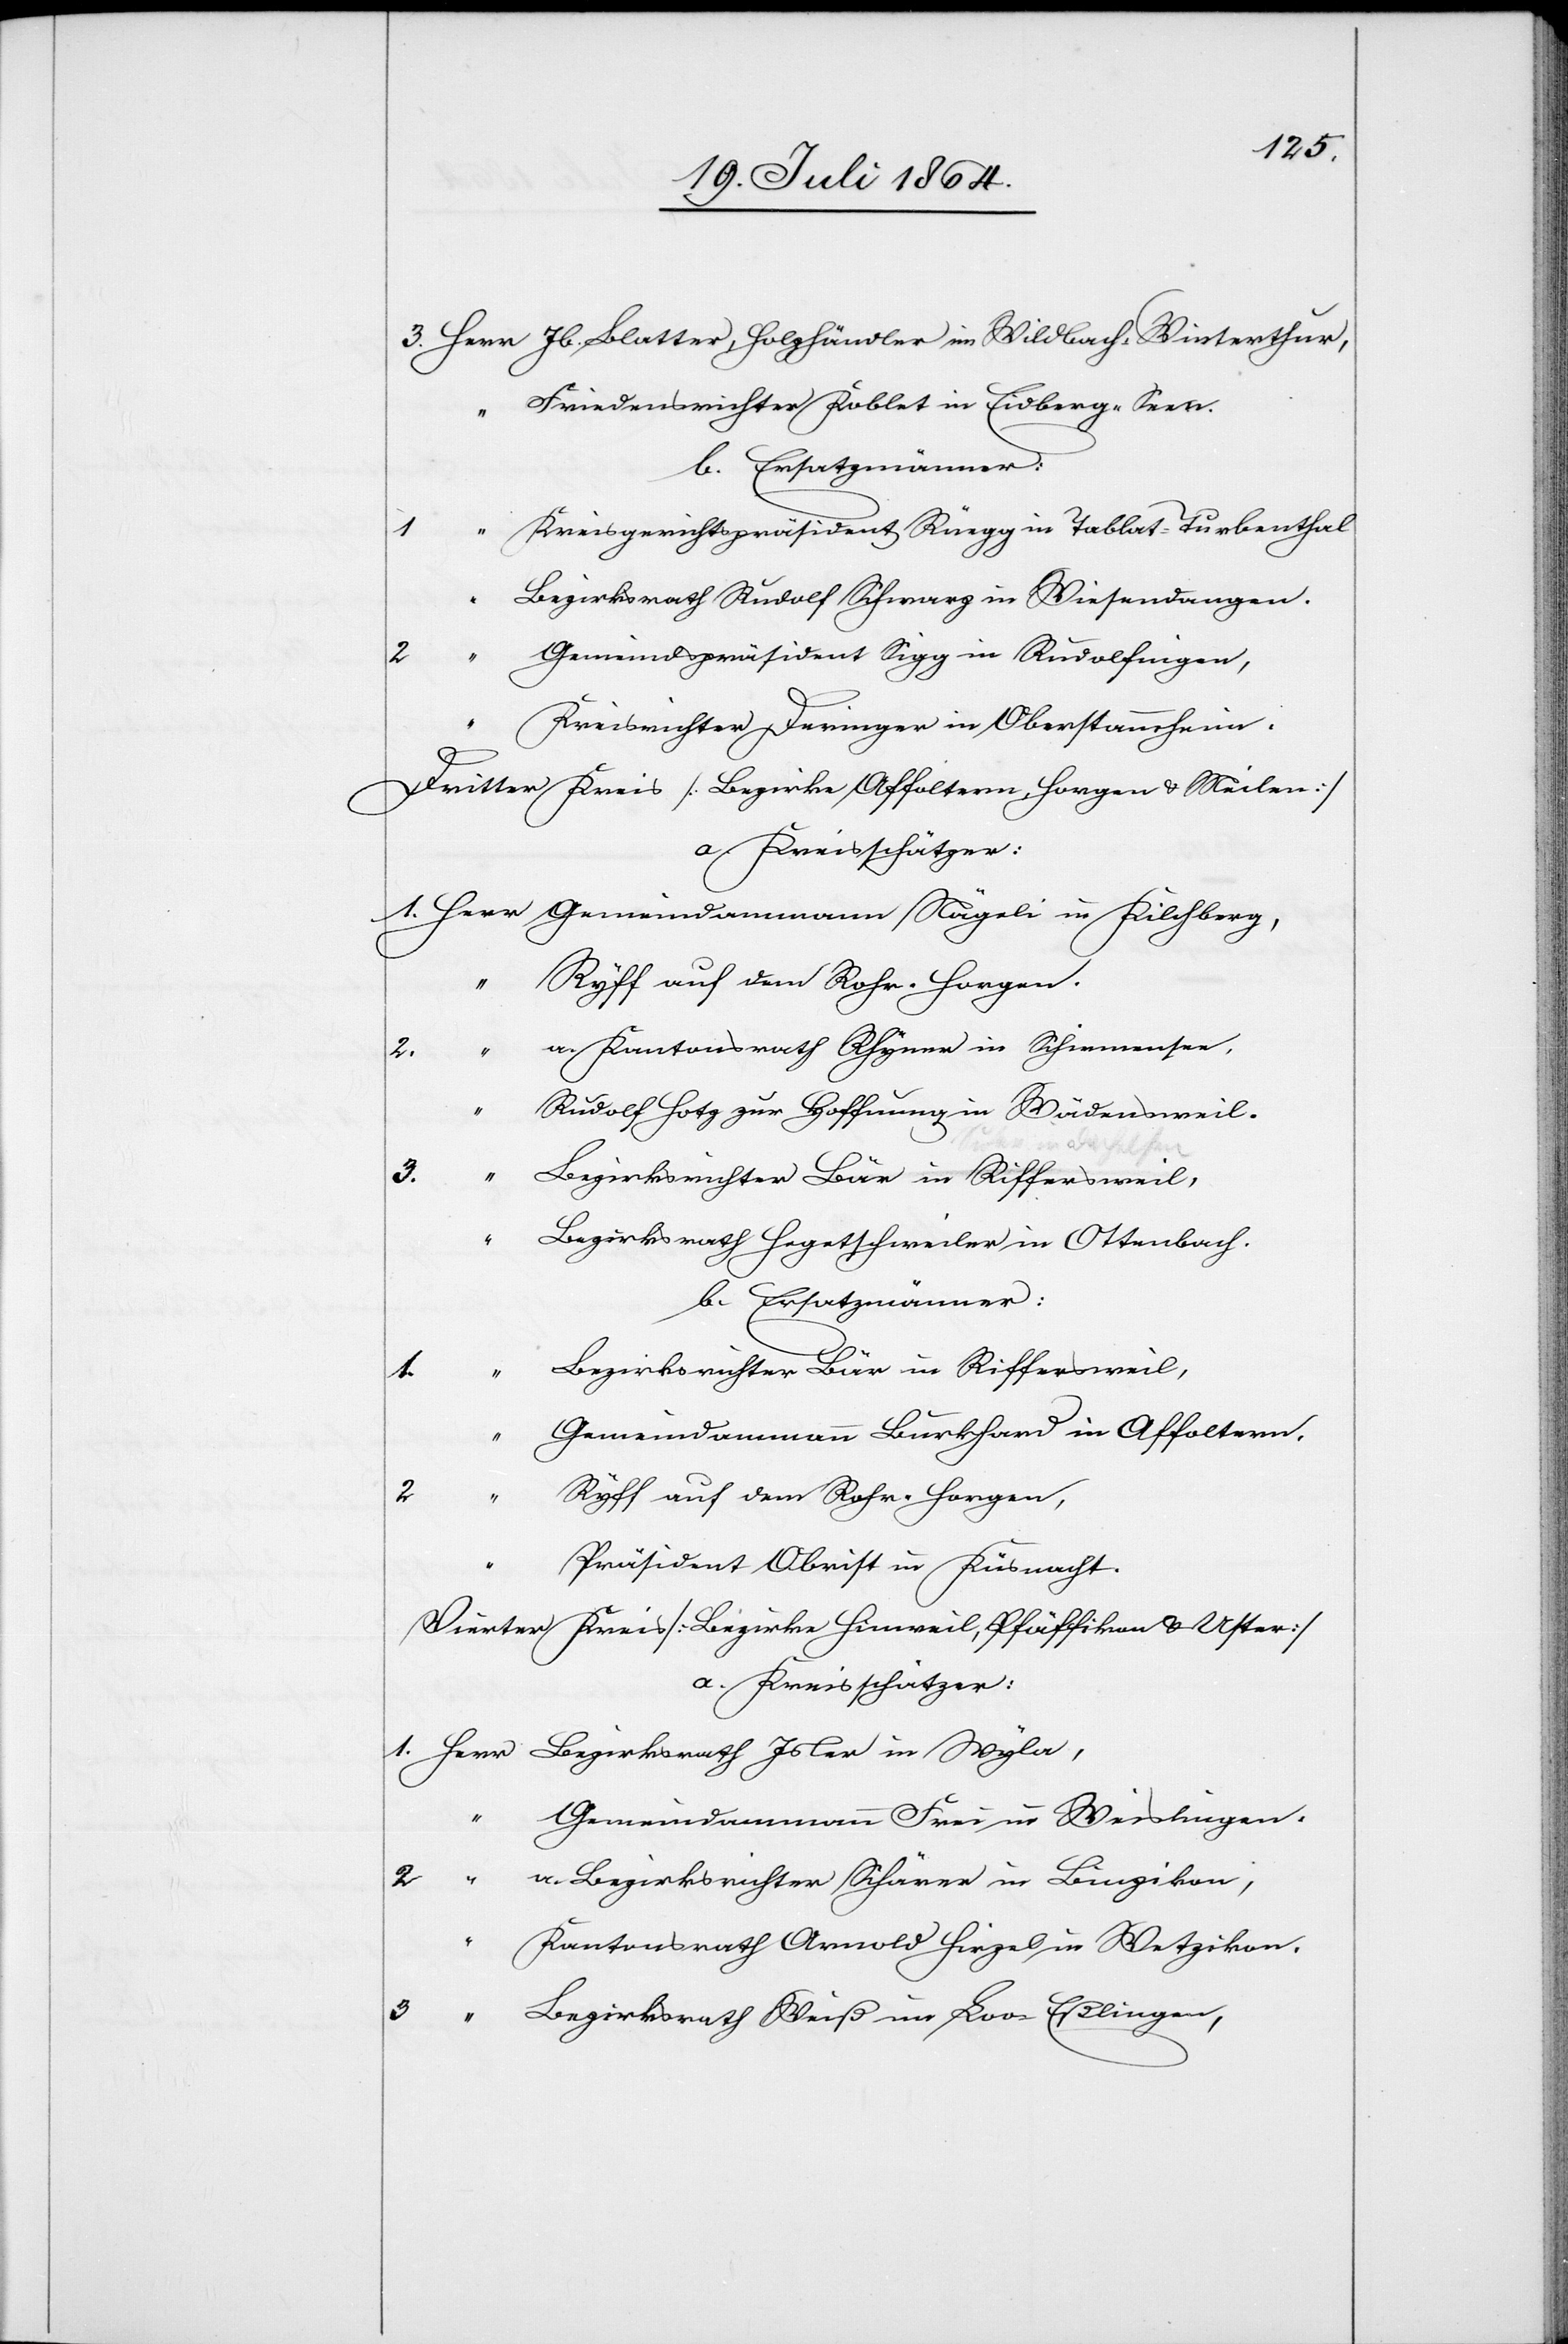
3. Herr 	Jb. Blatter, Holzhändler in Wildbach-Winterthur,
“	Friedensrichter Koblet in Eidberg-Seen.
b. Ersatzmänner:
1.	“	Kreisgerichtspräsident Rüegg in Tablat-Turbenthal
“	Bezirksrath Rudolf Schwarz in Wiesendangen.
2	“	Gemeindspräsident Sigg in Rudolfingen,
“	Kreisrichter Deringer in Oberstammheim.
Dritter Kreis [Bezirke Affoltern, Horgen u. Meilen]
a. Kreisschätzer:
1. Herr	Gemeindammannn Nägeli in Kilchberg,
“	Ryff auf dem Rohr. Horgen.
Kantonsrath Rhyner in Schiemensee,
“	Rudolf Hotz zur Hoffnung in Wädensweil.
ezirksrichter Bär in Riffersweil,
“	K¬
“	Bezirksrath Hegetschweiler in Ottenbach.
b. Ersatzmänner:
“	Gemeindammann Burkhard in Affoltern,
yff auf dem Rohr-Horgen,
“	Präsident Obrist in Küsnacht.
Vierter Kreis [Bezirke Hinweil, Pfäffikon u. Uster]
1. Herr Bezirksrath Isler in Wyla,
“	Gemeindammann Frei in Weislingen.
2.	“	a. Bezirksrichter Schärer in Binzikon,
antonsrath Arnold Hirzel in Wetzikon.
3	“	Bezirksrath Weiß im Loo-Eßlingen,